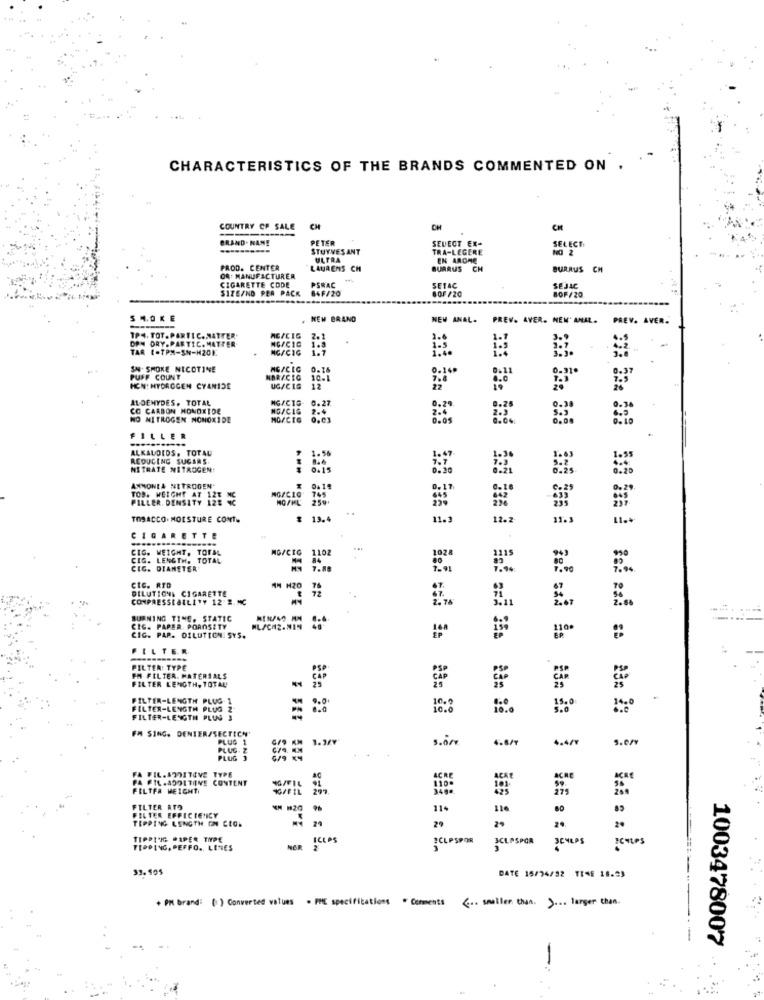
CHARACTERISTICS OF THE BRANDS COMMENTED ON .
COUNTRY OF SALE
CH
CH
CH
BRAND . NAME
PETER
SELECT EX-
SELECT
STUYVES ANT
TRA-LEGERE
ULTRA
EN AROME
PROD. CENTER
LAURENS CH
BURRUS CH
BURRUS CH
OR: MANUFACTURER
CIGARETTE CODE
PSRAC
SIZE/ND PER PACK
84F/20
SETAC
80F /20
SEJAC
BOF/20
SM.0KE
NEM BRAND
NEW ANAL. PREV. AVER. NEW ANAL.
PREV. AVER.
DPM DRY.PARTIC. MATTER
TP4. TOT. PARTIC. NATTER'
MC/CIG
NG/CIG
TAR 1-TPM-SN-H20K
MG/CIG
SN- SMOKE NICOTINE
MG/CEC
PUFF COUNT
NARACEG
10.1
0-100
HCN: HYDROGEN CYANIDE
UG/CIG
ALDEHYDES. TOTAL
CO CARBON MONOXIDE
NG/CIG
0.27
NO NITROGEN NONOXIDE
0:00
FILLER
ALKALOIDS. TOTAL
REDUCING SUGARS
NITRATE NITROGEN!
0-15
ANIMONEA NITROGEN'
MG/CIG' 745
PILLER. DENSITY 128 9C
TOD. WEIGHT AT 12T MC
TOSACCO. MOISTURE CONT.
13.4
12.2
CIGARETTE
CIG. WEIGHT, TOPAL
MG/CIG
CIG. LENGTH. TOTAL
1102
CIC. DIAMETER'
CIC. RID
DILUTIONS CIGARETTE
COMPRESSEALLITY 12 S. MC
BURNING TIME. STATIC
CIG. PAPER. POROSITY
ML/CH2.MIN
110.
CIC. PAP. DILUTION SYS.
FILTER
------
FILTER: TYPE
FM FILTER. MATERIALS
FILTER LENGTH, TOTAL
CAP
FILTER-LENGTH PLUG-1
-
FILTER-LENGTH PLUG
10 .0
15.0
FILTER-LENGTH PLUS 3
FM SING. DENIER/SECTICN'
PLUG 1
s.öre
4.8/7
4.4/7
PLUS. Z
PLUG 1
FA FIL.ADDITIVE TYPE
PA FIL.A201TONE
CONTENT
ACRE
FELTFA MEIGHT
%/FİL
FILTER ATD
11.
116
FILTER EFFICIENCY
TIPPING LENGTH OM CEO.
2ª
29
20
TIPPL'IG PAPER TIPE
ICEPS
HELPSPOR
JCLASPOR
SCULPS
XCHIPS
TIPPING, PEFFO ., LINES
MOR
=== = = ==
33.505
DATE 15/24/92 TENE 18.23
+ PM brand: (*) Converted values . PHE specifications " Comments ( .. smaller than. ... larger than.
1003478007